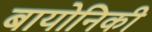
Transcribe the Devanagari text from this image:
बायोनिकी